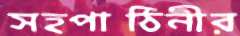
সহপাঠিনীর